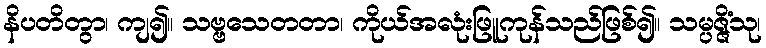
နိပတိတွာ၊ ကျ၍။ သဗ္ဗသေတတာ၊ ကိုယ်အလုံးဖြူကုန်သည်ဖြစ်၍။ သမ္ပဇ္ဇိံသု၊